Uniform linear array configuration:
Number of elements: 64
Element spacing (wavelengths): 0.75
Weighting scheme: uniform
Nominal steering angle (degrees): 15
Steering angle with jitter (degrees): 15.736
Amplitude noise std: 0.05
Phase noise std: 0.05

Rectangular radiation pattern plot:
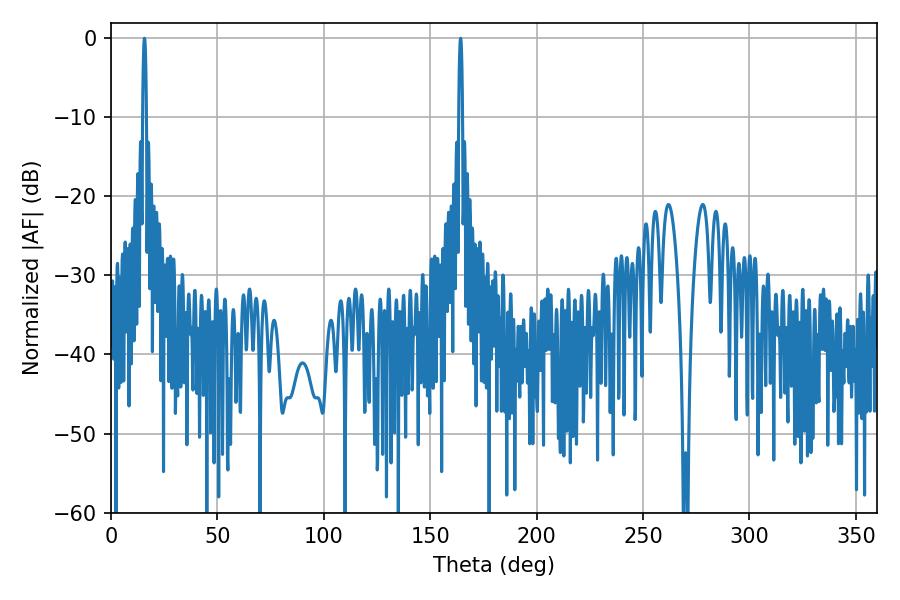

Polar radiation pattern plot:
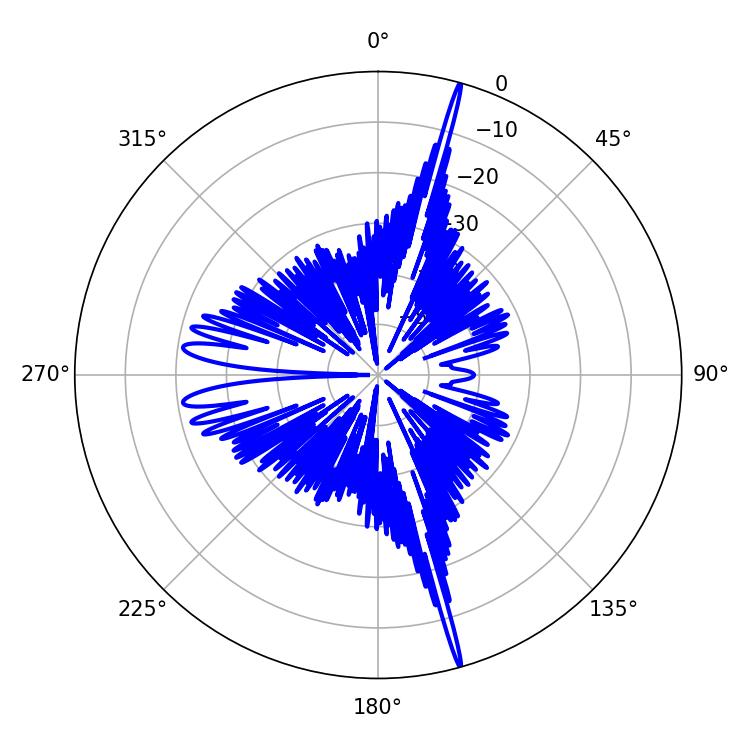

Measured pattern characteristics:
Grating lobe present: TRUE
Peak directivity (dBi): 23.249
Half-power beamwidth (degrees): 0.9
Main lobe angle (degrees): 15.66